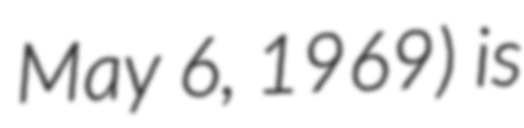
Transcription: May 6, 1969) is